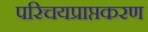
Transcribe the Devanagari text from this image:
परिचयप्राप्तकरण